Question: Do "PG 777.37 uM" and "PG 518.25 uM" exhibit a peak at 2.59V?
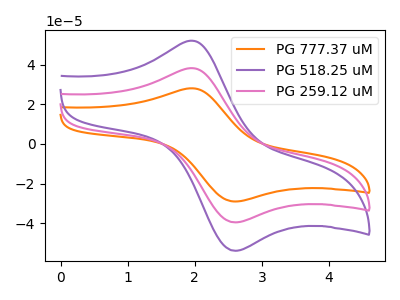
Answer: <think>The orange curve "PG 777.37 uM" has an anodic peak at (2.00V, 76.35uA) and a cathodic peak at (2.60V, -79.10uA). The purple curve "PG 518.25 uM" has an anodic peak at (2.00V, 52.00uA) and a cathodic peak at (2.60V, -53.90uA). The pink curve "PG 259.12 uM" has an anodic peak at (2.00V, 38.15uA) and a cathodic peak at (2.60V, -39.55uA).</think>
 <answer>Yes, "PG 777.37 uM" and "PG 518.25 uM" share a peak at 2.59V.</answer>
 <eval>match</eval>